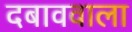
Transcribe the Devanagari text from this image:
दबाववाला